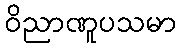
ဝိညာဏူပသမာ